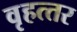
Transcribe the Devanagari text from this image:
वृहत्‍तर